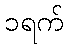
၁ရက်